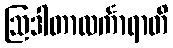
ဩဒါတာလင်္ကာရာတိ